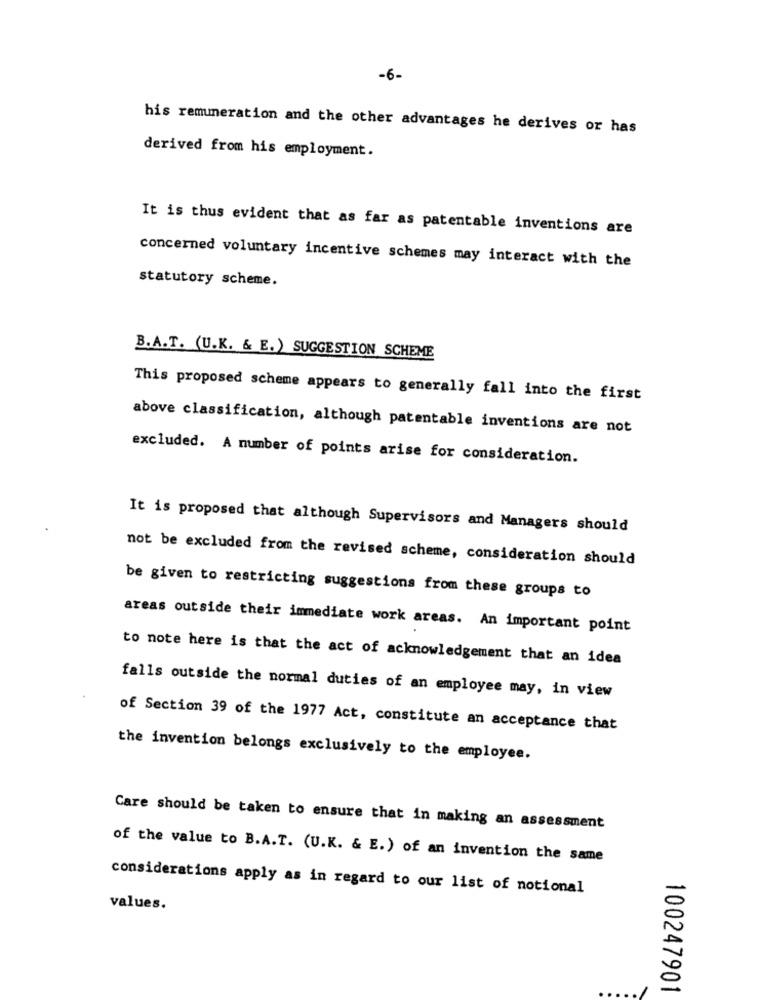
-6-
his remuneration and the other advantages he derives or has
derived from his employment.
It is thus evident that as far as patentable inventions are
concerned voluntary incentive schemes may interact with the
statutory scheme.
B.A.T. (U.K. & E.) SUGGESTION SCHEME
This proposed scheme appears to generally fall into the first
above classification, although patentable inventions are not
excluded. A number of points arise for consideration.
It is proposed that although Supervisors and Managers should
not be excluded from the revised scheme, consideration should
be given to restricting suggestions from these groups to
areas outside their immediate work areas. An important point
to note here is that the act of acknowledgement that an idea
falls outside the normal duties of an employee may, in view
of Section 39 of the 1977 Act, constitute an acceptance that
the invention belongs exclusively to the employee.
Care should be taken to ensure that in making an assessment
of the value to B.A.T. (U.K. & E.) of an invention the same
considerations apply as in regard to our list of notional
-
values.
0
100247901